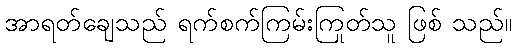
အာရတ်ချေသည် ရက်စက်ကြမ်းကြုတ်သူ ဖြစ် သည်။